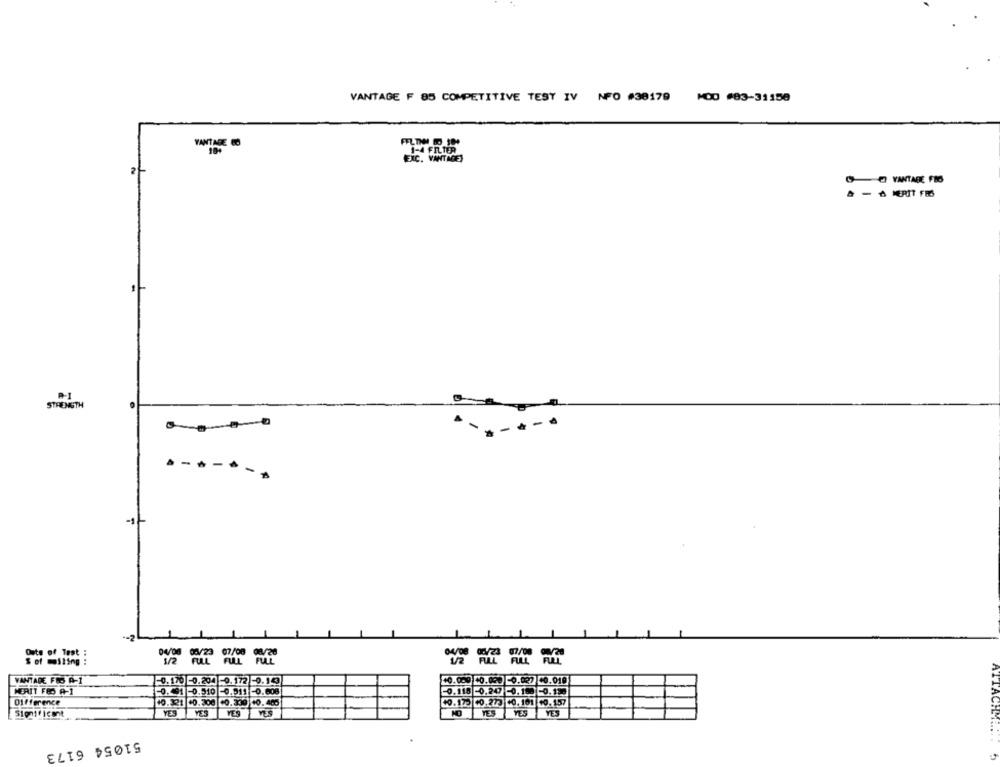
VANTAGE ₣ 85 COMPETITIVE TEST IV NPO #30179 MOD #83-31158
VANTAGE CO
ENC. VINTAGE
- 6 MERIT FES
STRENGTH
.-----
-1-
Outs of Test
S of melling :
VANTARE FES A-1
0.170 0.204 -0.172 -0.143
10.000 10.098 0.027 40.010
MERIT FEO A-1
-0. 91 -0.510 0.511 -0.608
0.115 -0.247 -0.100 -0.130
Difference
10.321 -0.300 +0.330 10. 405
+0.175 +0.273 +0. 101 +0.157
YES
YES
YES
YES
YES
YES
ATTACH ....
51054 6173